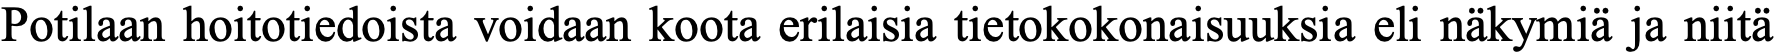
Potilaan hoitotiedoista voidaan koota erilaisia tietokokonaisuuksia eli näkymiä ja niitä